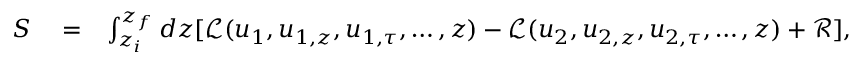
\begin{array} { r l r } { S } & { { } = } & { \int _ { z _ { i } } ^ { z _ { f } } d z [ \mathcal { L } ( u _ { 1 } , u _ { 1 , z } , u _ { 1 , \tau } , \ldots , z ) - \mathcal { L } ( u _ { 2 } , u _ { 2 , z } , u _ { 2 , \tau } , \ldots , z ) + \mathcal { R } ] , } \end{array}